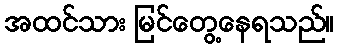
အထင်သား မြင်တွေ့နေရသည်။